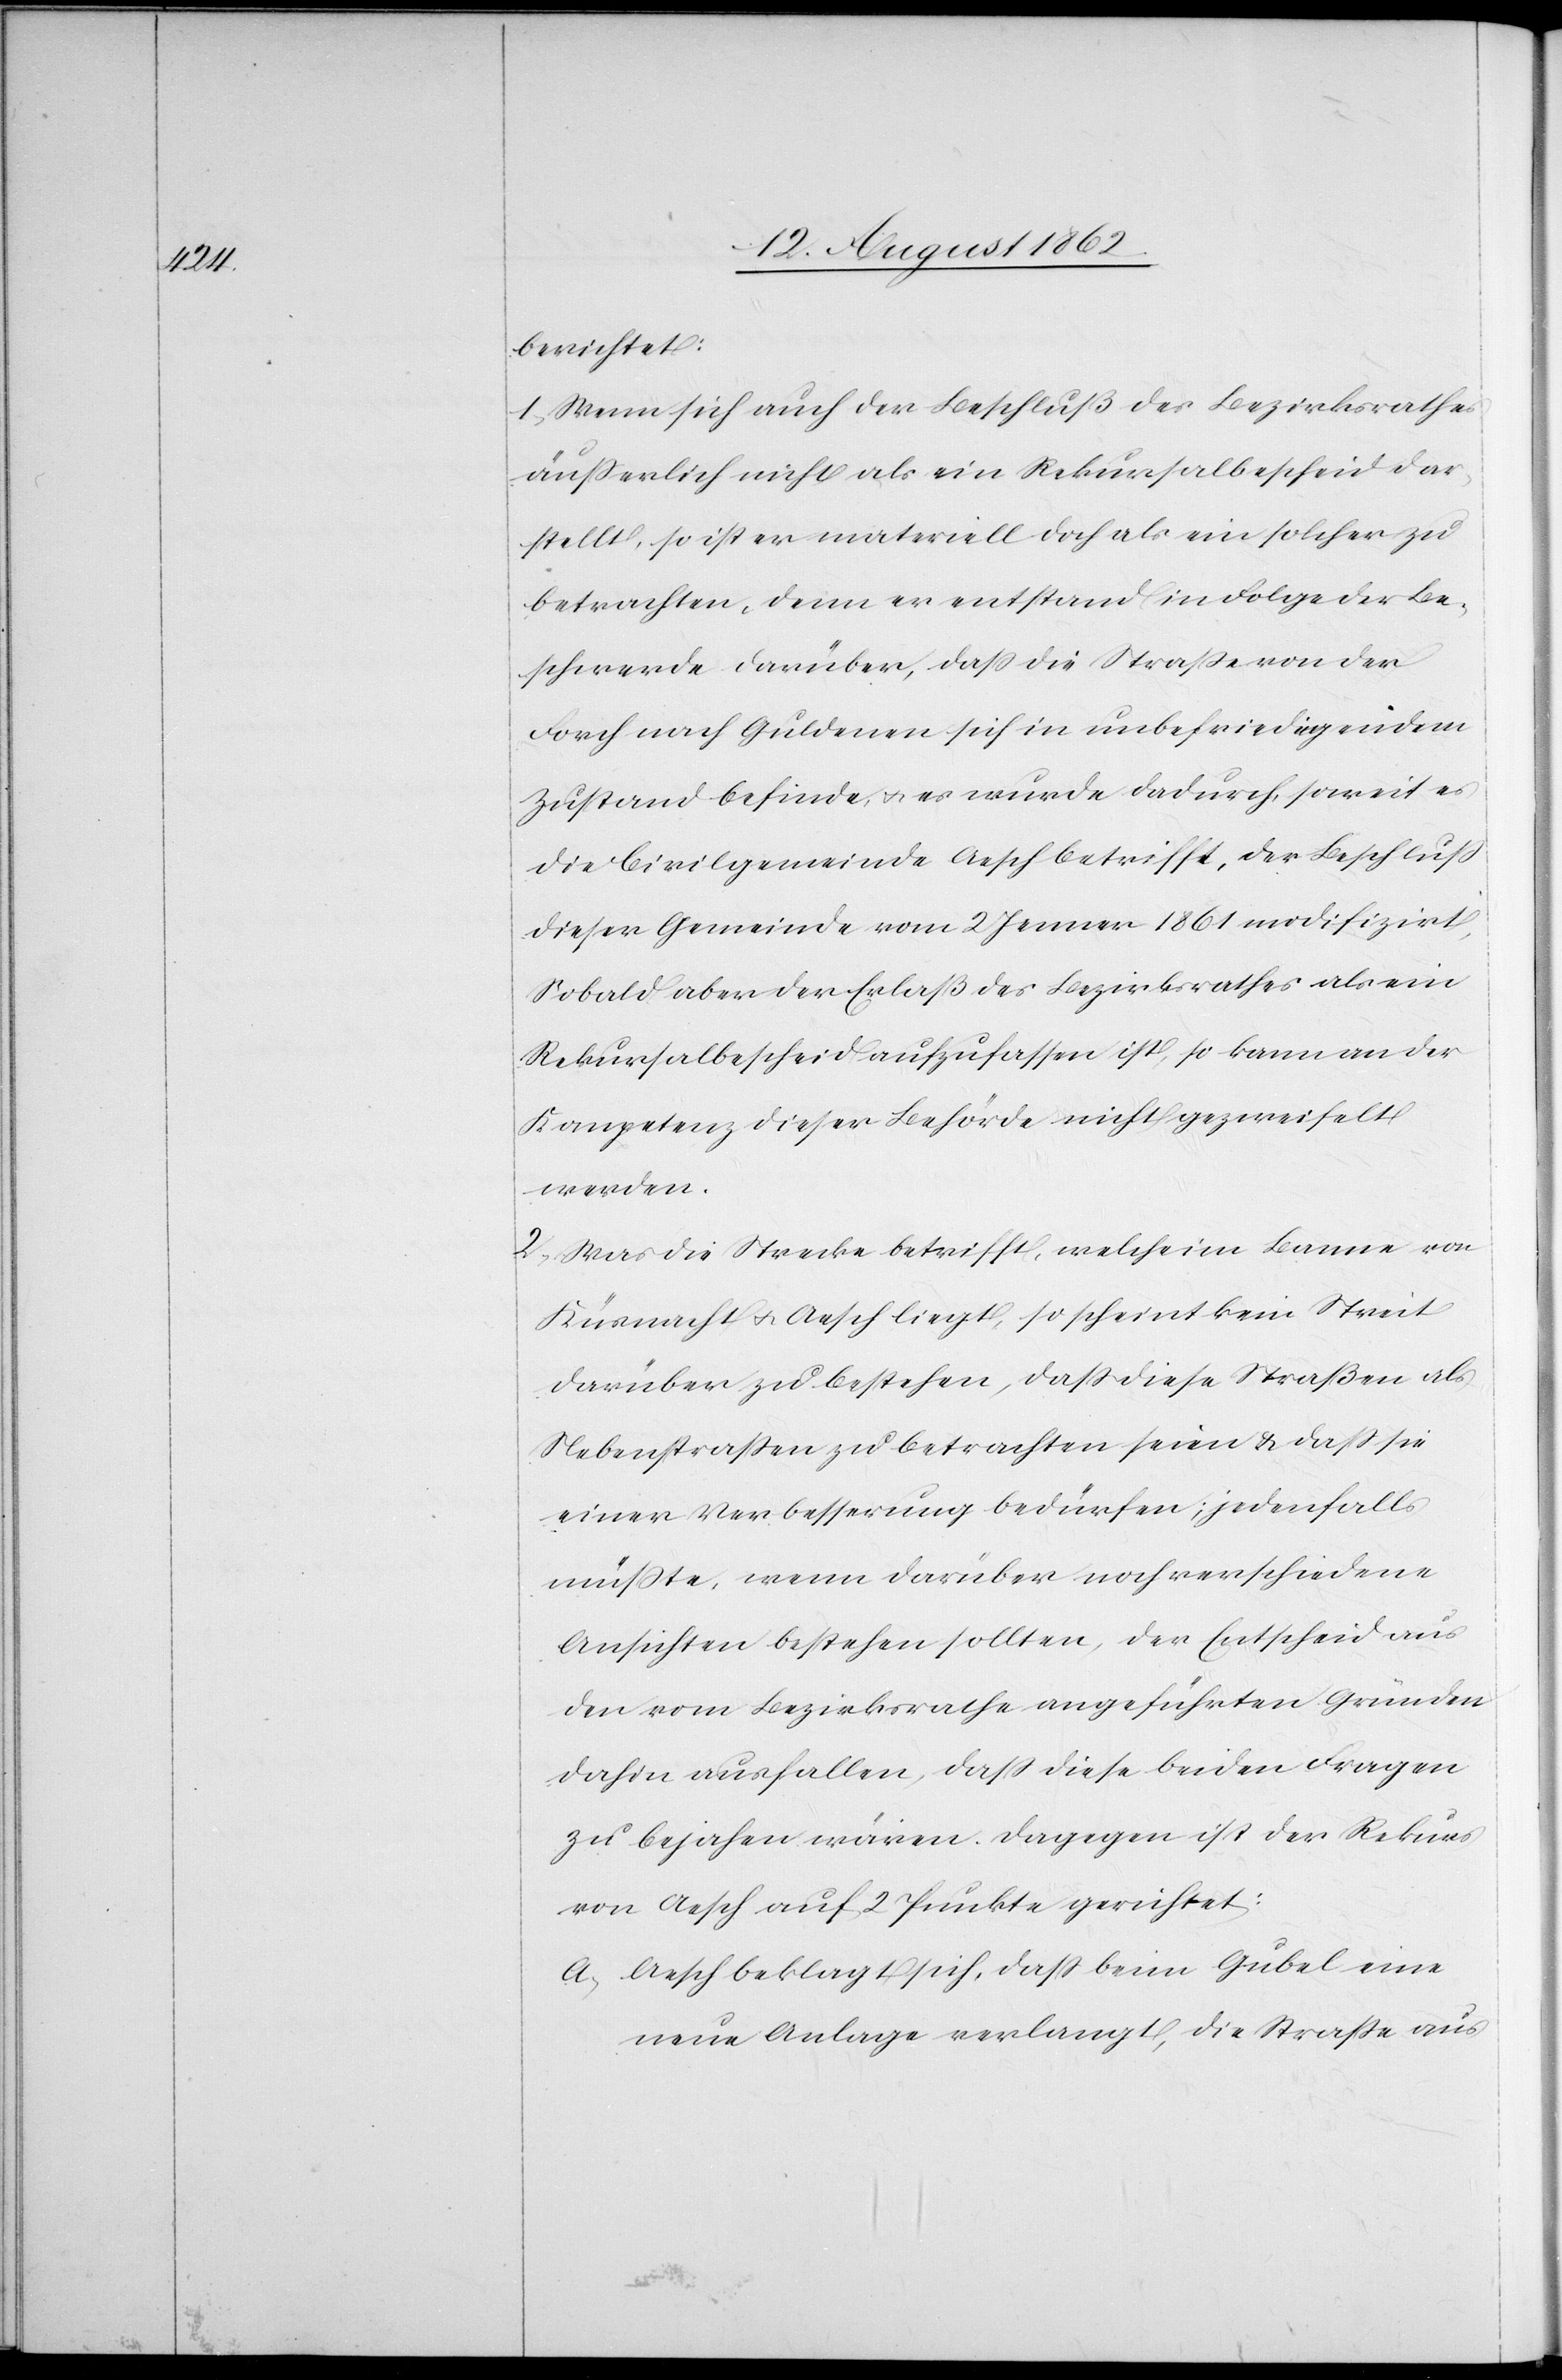
berichtet:
1. Wenn sich auch der Beschluß des Bezirksrathes
äusserlich nicht als ein Rekursalbescheid dar¬
stellt, so ist er materiell doch als ein solcher zu
betrachten, denn er entstand in Folge der Be¬
schwerde darüber, daß die Straße von der
Forch nach Guldenen sich in unbefriedigendem
Zustand befinde, u. es wurde dadurch, soweit es
die Civilgemeinde Aesch betrifft, der Beschluß
dieser Gemeinde vom 2. Jenner 1861 modifizirt.
Sobald aber der Erlaß des Bezirksrathes als ein
Rekursalbescheid aufzufassen ist, so kann an der
Kompetenz dieser Behörde nicht gezweifelt
werden.
2. Was die Strecke betrifft, welche im Banne von
Küsnacht u. Aesch liegt, so scheint kein Streit
darüber zu bestehen, daß diese Straßen als
Nebenstraßen zu betrachten seien u. daß sie
einer Verbesserung bedürfen; jedenfalls
müßte, wenn darüber noch verschiedene
Ansichten bestehen sollten, der Entscheid aus
den vom Bezirksrathe angeführten Gründen
dahin ausfallen, daß diese beiden Fragen
zu bejahen wären. Dagegen ist der Rekurs
von Aesch auf 2 Punkte gerichtet:
a. Aesch beklagt sich, daß beim Gubel eine
neue Anlage verlangt, die Straße aus